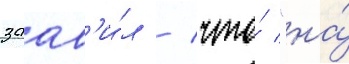
заав'и́л / что́ "на́